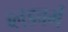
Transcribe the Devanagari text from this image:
ब्लडवर्म